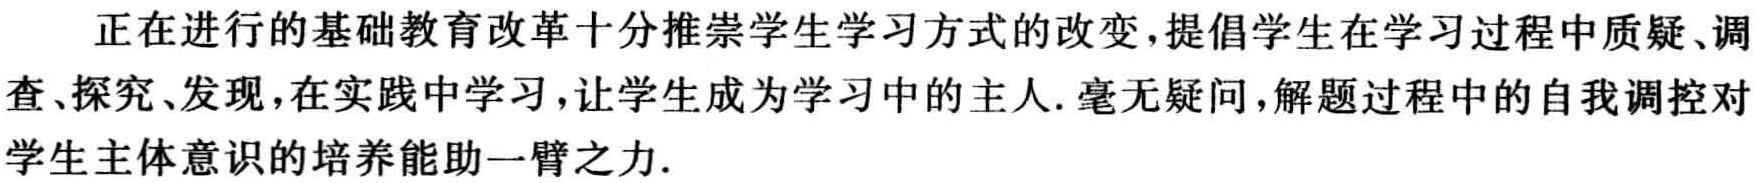
正在进行的基础教育改革十分推崇学生学习方式的改变,提倡学生在学习过程中质疑、调查、探究、发现,在实践中学习,让学生成为学习中的主人.毫无疑问,解题过程中的自我调控对学生主体意识的培养能助一臂之力.